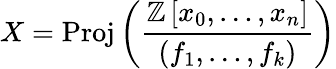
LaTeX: X={\mathrm{Proj}}\left({\frac{\mathbb{Z}\left[x_{0},\ldots,x_{n}\right]}{\left(f_{1},\ldots,f_{k}\right)}}\right)